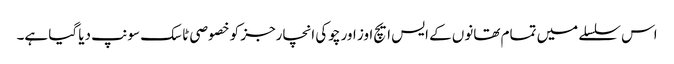
اس سلسلے میں تمام تھانوں کے ایس ایچ اوز اور چوکی انچارجز کو خصوصی ٹاسک سونپ دیا گیا ہے۔